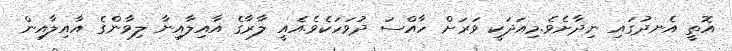
އޮތީ އެނދުގައި ނިދާށެވެ.މިއަދަކީ ވަރަށް ހާއްސަ ދުވަހަކެވެ.އެއީ ލާރާގެ އާއިލާއިނާ ލިވާންގެ އާއިލާއިން